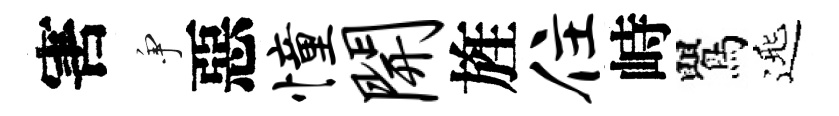
害争惡憧开旌住峙鸎𨓱